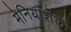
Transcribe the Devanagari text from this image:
मेनियाशेंको